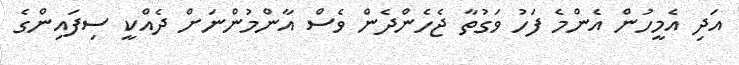
އަދި އެމީހުން އެންމެ ފަހު ވަގުތާ ޖެހެންދެން ވެސް އާންމުންނަށް ދެއްކީ ސިފައިންގެ